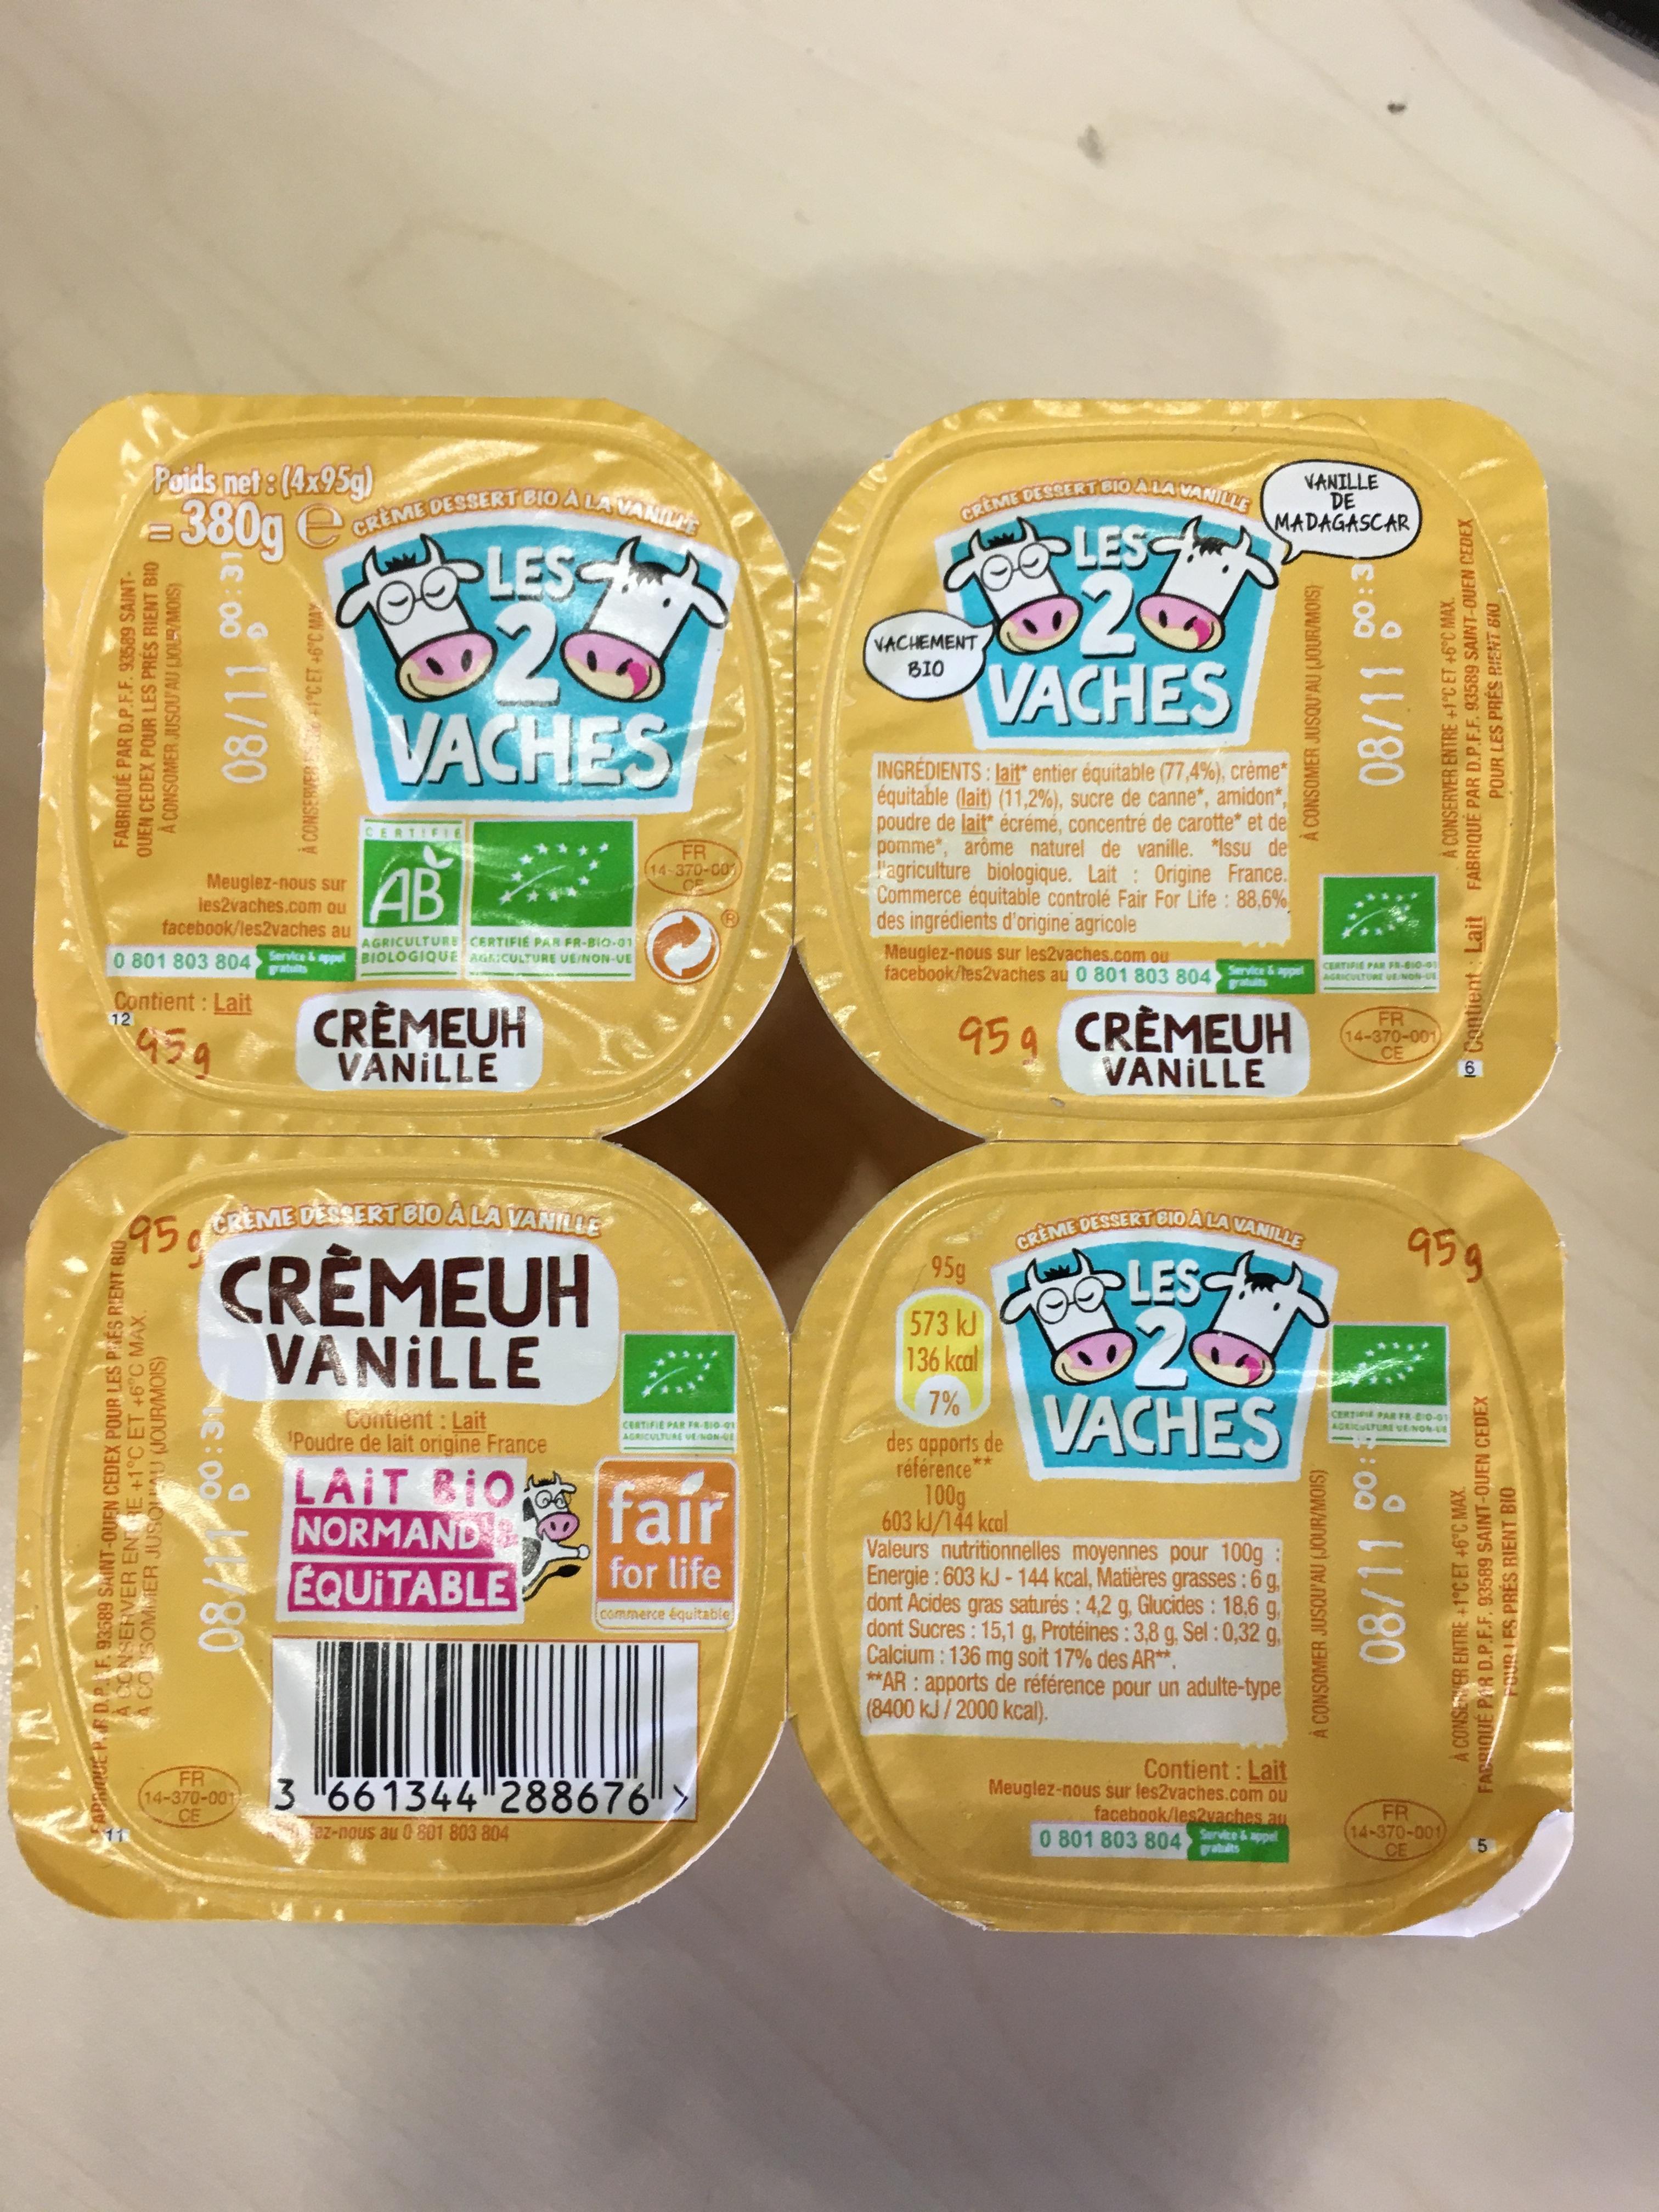
Poids net :(4x95g)
380g e
CREME DESSERT BIO ALAVANILE
CREME DESSERT BIO ALA VANILLE
VANILLE DE MADAGASCAR
doe LES
LES
80
VACHEMENT BIO
VACHES
VACHES
INGREDIENTS : Jait entier équitable (77,4%), crème“ équitable (lait) (11,2%), sucre de canne", amidon*, poudre de lait écrémé, concentré de carotte* et de pomme", arôme naturel de vanille. *Issu de l'agriculture biologique. Lait: Origine France. Commerce équitable controlé Fair For Life : 88,6% des ingrédients d'origine agricole
CERTIFIE
FR (14-370-00
Meuglez-nous sur les2vaches.com ou facebook/les2vaches au
AB
CE
AGRICULTURE CERTIFIE PAR FR-BIO-01 0 801 803804ervice & ppel BIOLOGIQUE AGRICULTURE UEINON-UE
Meuglez-nous sur les2vaches.com ou facebook/tes2vaches au 0 801 803 804 ce
CERTIFIE PAR FR-6I0-01 AGRICULTURE UENON-UE
atulits
Contient : Lait 12
CRÊMEUH VÁNİLLE
959 CRÈMEUH VANİLLE
FR (14-370-001) CE
45
CREME DESSERT BIO A LA VANILLE 95g
CRÈME DESSERT BIO A LA VANILLE 95g
959
CRÊMEUH VANILLE
LES 2 VACHES
573 kJ 136 kcal
7%
Contient : Lait Poudre de lait origine France
CERTIE PAR F8 80-01 AGRICULPURE vE NO UE
CERTIFIE PAR FR-BI0-01 AGRICULTURE ENON O
des apports de référence 100g 603 kl/144 kcal Valeurs nutritionnelles moyennes pour 100g : Energie : 603 kJ - 144 kcal, Matières grasses :6 g dont Acides gras saturés : 4,2 g, Glucides : 18,6 g, dont Sucres : 15,1 g, Protéines: 3,8 g, Sel : 0,32 g, Calcium: 136 mg soit 17% des AR**. **AR : apports de référence pour un adulte-type (8400kJ/2000 kcal).
**
8. LAIT BIO NORMAND EQUITABLE
fair
for life
commerce équitable
Contient: Lait Meuglez-nous sur les2vaches.com ou facebook/les2vaches an Service&appel gralts
FR
(14-370-003 661344"288676> CE
FR 14-370-001) CE
ez-nous au 0 801 803 804
0 801 803 804
FAPIQUE P. F D.P. F. 93589 SAINT-OUEN CEDEX POUR LES PES RIENT BIO A CONSERVER ENTRE +1°C ET +6°C MAX. A COSOMMER JUSOPAU (JOUR/MOIS)
FABRIQUE PAR D.P.F.F. 93589 SAINT- OUEN CEDEX POUR LES PRÉS RIENT BIO A CONSOMER JUSOU'AU (JOUR/MOIS)
À CONSERVER +1°CET +6°C MAY
À CONSOMER JUSQU'AU (JOUR/MOIS)
A CONSOMER JUSQU'AU (JOUR/MOIS)
00:3
08/118
08/11
A CONSERVER ENTRE +1°C ET +6°C MAX.
A CONSEVER ENTRE +1°C ET +6 C MAX. FACRIQUE PAR D.P.F.F. 93589 SAINT-OUEN CEDEX FOUR LES PRÉS RIENT BIO
10 Contient: Lait FABRIQUÉ PAR D.P.F.F. 93589 SAINT-OUEN CEDEX
POUR LES PRÉS RIENT BIO
5.